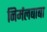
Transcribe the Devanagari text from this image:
निर्मलबाबा